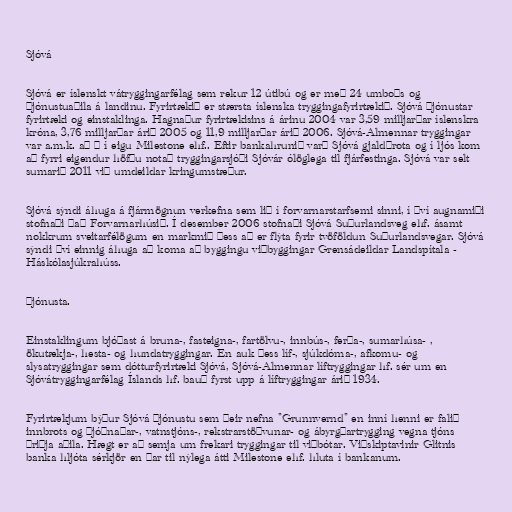
Sjóvá

Sjóvá er íslenskt vátryggingarfélag sem rekur 12 útibú og er með 24 umboðs og
þjónustuaðila á landinu. Fyrirtækið er stærsta íslenska tryggingafyrirtækið. Sjóvá þjónustar
fyrirtæki og einstaklinga. Hagnaður fyrirtækisins á árinu 2004 var 3,59 milljarðar íslenskra
króna, 3,76 milljarðar árið 2005 og 11,9 milljarðar árið 2006. Sjóvá-Almennar tryggingar
var a.m.k. að ⅔ í eigu Milestone ehf.. Eftir bankahrunið varð Sjóvá gjaldþrota og í ljós kom
að fyrri eigendur höfðu notað tryggingarsjóði Sjóvár ólöglega til fjárfestinga. Sjóvá var selt
sumarið 2011 við umdeildar kringumstæður.

Sjóvá sýndi áhuga á fjármögnun verkefna sem lið í forvarnarstarfsemi sinni, í því augnamiði
stofnaði það Forvarnarhúsið. Í desember 2006 stofnaði Sjóvá Suðurlandsveg ehf. ásamt
nokkrum sveitarfélögum en markmið þess að er flýta fyrir tvöföldun Suðurlandsvegar. Sjóvá
sýndi því einnig áhuga að koma að byggingu viðbyggingar Grensádeildar Landspítala -
Háskólasjúkrahúss.

Þjónusta.

Einstaklingum bjóðast á bruna-, fasteigna-, fartölvu-, innbús-, ferða-, sumarhúsa- ,
ökutækja-, hesta- og hundatryggingar. En auk þess líf-, sjúkdóma-, afkomu- og
slysatryggingar sem dótturfyrirtæki Sjóvá, Sjóvá-Almennar líftryggingar hf. sér um en
Sjóvátryggingarfélag Íslands hf. bauð fyrst upp á líftryggingar árið 1934.

Fyrirtækjum býður Sjóvá þjónustu sem þeir nefna "Grunnvernd" en inní henni er falið
innbrots og þjóðnaðar-, vatnstjóns-, rekstrarstöðvunar- og ábyrgðartrygging vegna tjóns
þriðja aðila. Hægt er að semja um frekari tryggingar til viðbótar. Viðskiptavinir Glitnis
banka hljóta sérkjör en þar til nýlega átti Milestone ehf. hluta í bankanum.